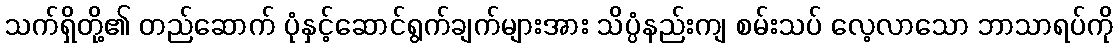
သက်ရှိတို့၏ တည်ဆောက် ပုံနှင့်ဆောင်ရွက်ချက်များအား သိပ္ပံနည်းကျ စမ်းသပ် လေ့လာသော ဘာသာရပ်ကို